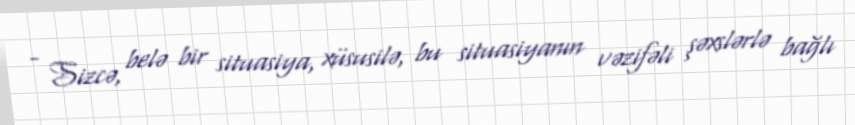
- Sizcə, belə bir situasiya, xüsusilə, bu situasiyanın vəzifəli şəxslərlə bağlı